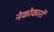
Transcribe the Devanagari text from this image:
नेकोकारों